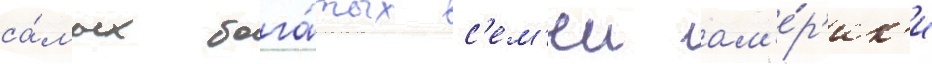
са́мых бога́тых с'ем'еи ам'е́р'ик'и